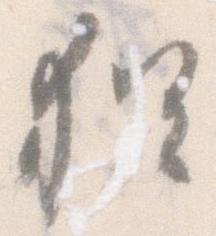
猶